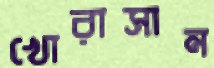
খোরাসান